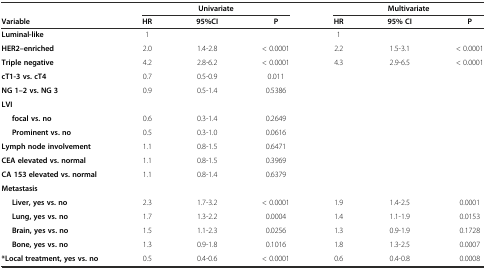
<table><thead><tr><td></td><td colspan="3"><b>Univariate</b></td><td colspan="3"><b>Multivariate</b></td></tr><tr><td><b>Variable</b></td><td><b>HR</b></td><td><b>95%CI</b></td><td><b>P</b></td><td><b>HR</b></td><td><b>95% CI</b></td><td><b>P</b></td></tr></thead><tbody><tr><td><b>Luminal-like</b></td><td>1</td><td></td><td></td><td>1</td><td></td><td></td></tr><tr><td><b>HER2–enriched</b></td><td>2.0</td><td>1.4-2.8</td><td>&lt; 0.0001</td><td>2.2</td><td>1.5-3.1</td><td>&lt; 0.0001</td></tr><tr><td><b>Triple negative</b></td><td>4.2</td><td>2.8-6.2</td><td>&lt; 0.0001</td><td>4.3</td><td>2.9-6.5</td><td>&lt; 0.0001</td></tr><tr><td><b>cT1-3 vs. cT4</b></td><td>0.7</td><td>0.5-0.9</td><td>0.011</td><td></td><td></td><td></td></tr><tr><td><b>NG 1–2 vs. NG 3</b></td><td>0.9</td><td>0.5-1.4</td><td>0.5386</td><td></td><td></td><td></td></tr><tr><td colspan="7"><b>LVI</b></td></tr><tr><td><b>focal vs. no</b></td><td>0.6</td><td>0.3-1.4</td><td>0.2649</td><td></td><td></td><td></td></tr><tr><td><b>Prominent vs. no</b></td><td>0.5</td><td>0.3-1.0</td><td>0.0616</td><td></td><td></td><td></td></tr><tr><td><b>Lymph node involvement</b></td><td>1.1</td><td>0.8-1.5</td><td>0.6471</td><td></td><td></td><td></td></tr><tr><td><b>CEA elevated vs. normal</b></td><td>1.1</td><td>0.8-1.5</td><td>0.3969</td><td></td><td></td><td></td></tr><tr><td><b>CA 153 elevated vs. normal</b></td><td>1.1</td><td>0.8-1.4</td><td>0.6379</td><td></td><td></td><td></td></tr><tr><td colspan="7"><b>Metastasis</b></td></tr><tr><td><b>Liver, yes vs. no</b></td><td>2.3</td><td>1.7-3.2</td><td>&lt; 0.0001</td><td>1.9</td><td>1.4-2.5</td><td>0.0001</td></tr><tr><td><b>Lung, yes vs. no</b></td><td>1.7</td><td>1.3-2.2</td><td>0.0004</td><td>1.4</td><td>1.1-1.9</td><td>0.0153</td></tr><tr><td><b>Brain, yes vs. no</b></td><td>1.5</td><td>1.1-2.3</td><td>0.0256</td><td>1.3</td><td>0.9-1.9</td><td>0.1728</td></tr><tr><td><b>Bone, yes vs. no</b></td><td>1.3</td><td>0.9-1.8</td><td>0.1016</td><td>1.8</td><td>1.3-2.5</td><td>0.0007</td></tr><tr><td><b>*Local treatment, yes vs. no</b></td><td>0.5</td><td>0.4-0.6</td><td>&lt; 0.0001</td><td>0.6</td><td>0.4-0.8</td><td>0.0008</td></tr></tbody></table>